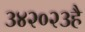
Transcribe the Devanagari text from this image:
३४२०२३है